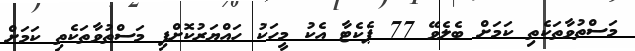
މަސްތުވާތަކެތި ކަމަށް ބެލެވޭ 77 ޕެކެޓާ އެކު މީހަކު ހައްޔަރުކޮށްފި މަސްތުވާތަކެތި ކަމަށް